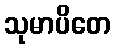
သုမာပိတေ